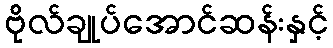
ဗိုလ်ချုပ်အောင်ဆန်းနှင့်